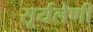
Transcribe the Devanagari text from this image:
सूर्यलेणी